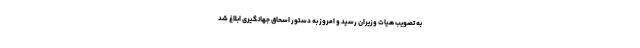
به تصویب هیات وزیران رسید و امروز به دستور اسحاق جهانگیری ابلاغ شد